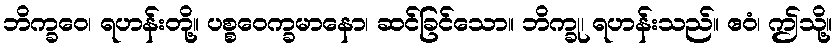
ဘိက္ခဝေ၊ ရဟန်းတို့။ ပစ္စဝေက္ခမာနော၊ ဆင်ခြင်သော။ ဘိက္ခု၊ ရဟန်းသည်။ ဧဝံ၊ ဤသို့။